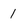
Character: 1